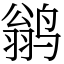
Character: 鹟